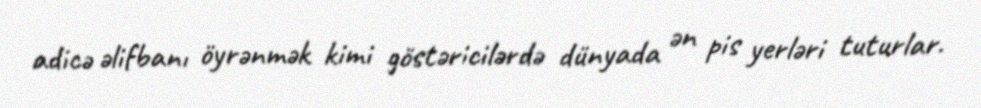
adicə əlifbanı öyrənmək kimi göstəricilərdə dünyada ən pis yerləri tuturlar.